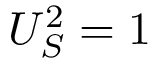
U _ { S } ^ { 2 } = 1